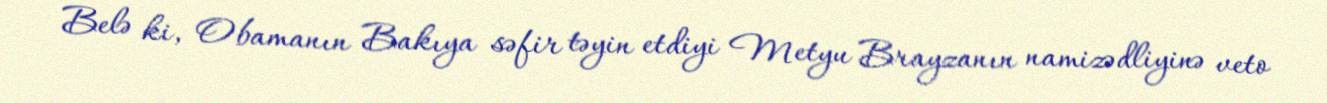
Belə ki, Obamanın Bakıya səfir təyin etdiyi Metyu Brayzanın namizədliyinə veto